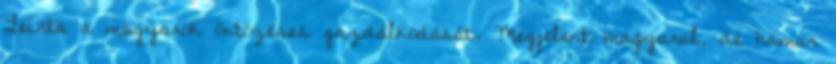
Leírta a magyarok öntözéses gazdálkodását. Megjelent magyarul, de hamar